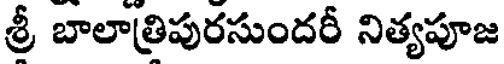
శ్రీ బాలాత్రిపురసుందరీ నిత్యపూజ